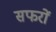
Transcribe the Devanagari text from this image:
सफरों